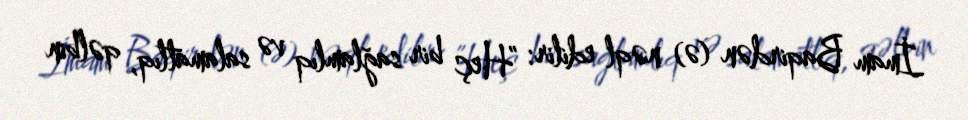
İmam Baqirdən (ə) nəql edilir: ”Heç bir sağlamlıq və salamatlıq, qəlbin